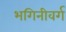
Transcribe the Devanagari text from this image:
भगिनीवर्ग